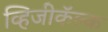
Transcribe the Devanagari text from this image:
व्हिजीकॅल्क